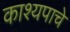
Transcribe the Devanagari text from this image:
काश्यपाचे